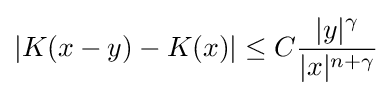
|K(x-y)-K(x)|\leq C{\frac {|y|^{\gamma }}{|x|^{n+\gamma }}}